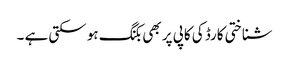
شناختی کارڈ کی کاپی پر بھی بکنگ ہو سکتی ہے ۔